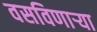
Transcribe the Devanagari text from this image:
वसविणार्‍या